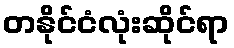
တနိုင်ငံလုံးဆိုင်ရာ